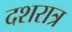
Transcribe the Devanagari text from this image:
दशरात्र